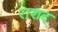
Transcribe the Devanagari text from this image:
राशद